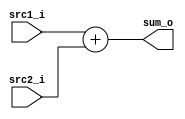
`timescale 1ns / 1ps
//////////////////////////////////////////////////////////////////////////////////
// Company: 
// Engineer: 
// 
// Design Name: 
// Module Name:    Adder 
// Project Name: 
// Target Devices: 
// Tool versions: 
// Description: 
//
// Dependencies: 
//
// Revision: 
// Revision 0.01 - File Created
// Additional Comments: 
//
//////////////////////////////////////////////////////////////////////////////////
module Adder(
    src1_i,
	src2_i,
	sum_o
	);
     
//I/O ports
input  [32-1:0]  src1_i;
input  [32-1:0]	 src2_i;
output [32-1:0]	 sum_o;

//Internal Signals
wire   [32-1:0]	 sum_o;

//Parameter
    
//Main function
assign sum_o = src1_i + src2_i; 


endmodule